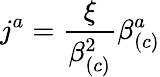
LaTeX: j^{a}=\frac{\xi}{\beta_{\left(c\right)}^{2}}\beta_{\left(c\right)}^{a}